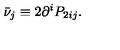
\bar { \nu } _ { j } \equiv 2 \partial ^ { i } P _ { 2 i j } .